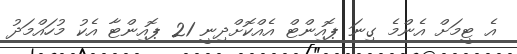
އެ ޓީމަށް އެންމެ ގިނަ ޕޮއިންޓް އެއްކޮށްދިނީ 21 ޕޮއިންޓާ އެކު މުހައްމަދު